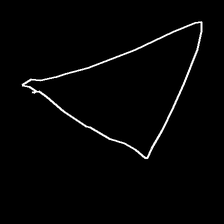
Glyph: convergence